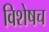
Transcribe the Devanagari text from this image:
विशेषच